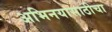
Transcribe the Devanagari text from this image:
अभिनयासाठीचा